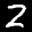
Label: 2